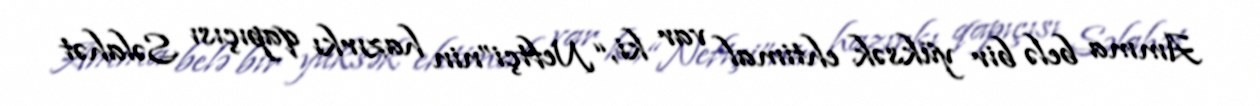
Amma belə bir yüksək ehtimal var ki, “Neftçi”nin hazırkı qapıçısı Səlahət